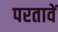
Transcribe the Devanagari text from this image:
परतावें